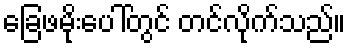
ခြေဖမိုးပေါ်တွင် တင်လိုက်သည်။